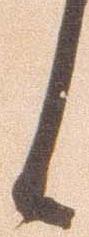
候